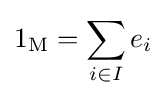
1_{\operatorname {M} }=\sum _{i\in I}e_{i}